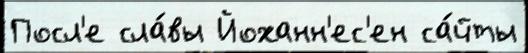
Посл'е сла́вы Йоханн'ес'ен са́йты